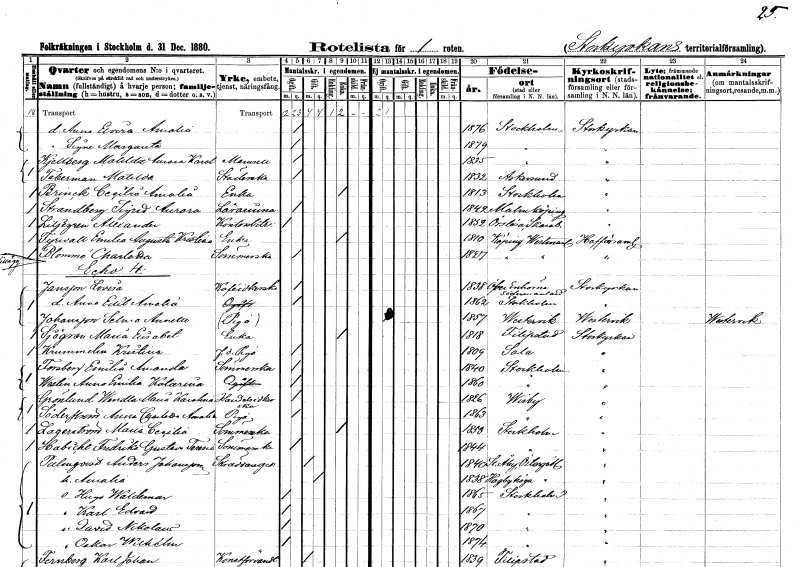
gt_parse: households: individuals: FN: Anna Elvira Amalia
KON: K
CIV: O
FODAR: 1876
FODFORS: Stockholm
FN: Signe Margareta
KON: K
CIV: O
FODAR: 1879
FODFORS: Stockholm
FN: Matilda Aurora Karolina
EN: Kjellberg
KON: K
CIV: O
FODAR: 1835
FODFORS: Stockholm
FN: Matilda
EN: Taberman
YRKE: Städerska
KON: K
CIV: O
FODAR: 1832
FODFORS: Askersund Örebro län
FN: Cecilia Amalia
EN: Brinck
YRKE: Änka
KON: K
CIV: E
FODAR: 1813
FODFORS: Stockholm
FN: Sigrid Aurora
EN: Strandberg
YRKE: Lärarinna
KON: K
CIV: O
FODAR: 1842
FODFORS: Malmköping Södermanlands län
FN: Alexander
EN: Liljegren
YRKE: Kontorsbiträde
KON: M
CIV: O
FODAR: 1852
FODFORS: Örslösa Skaraborgs län
FN: Emilia Augusta Kristina
EN: Fyrvall
YRKE: Änka
KON: K
CIV: E
FODAR: 1810
FODFORS: Köping Västmanlands län
FN: Charlotta
EN: Blommé
YRKE: Sömmerska
KON: K
CIV: O
FODAR: 1827
FODFORS: Köping Västmanlands län
FN: Lovisa
EN: Jansson
YRKE: Kaféidkerska
KON: K
CIV: O
FODAR: 1838
FODFORS: Överenhörna Stockholms län
FN: Anna Edit Amalia
KON: K
CIV: O
FODAR: 1862
FODFORS: Stockholm
FN: Selma Annette
EN: Johansson
YRKE: Piga
KON: K
CIV: O
FODAR: 1857
FODFORS: Västervik Kalmar län
FN: Maria Elisabet
EN: Sjögren
YRKE: Änka
KON: K
CIV: E
FODAR: 1818
FODFORS: Filipstad Värmlands län
FN: Kristina
EN: Hammelin
YRKE: Piga f.d.
KON: K
CIV: O
FODAR: 1809
FODFORS: Sala Västmanlands län
FN: Emilia Amanda
EN: Forsberg
YRKE: Sömmerska
KON: K
CIV: O
FODAR: 1840
FODFORS: Stockholm
FN: Anna Emilia Katarina
EN: Westin
KON: K
CIV: O
FODAR: 1860
FODFORS: Stockholm
FN: Wendla Maria Karolina
EN: Grönlund
YRKE: Handelsidkerska
KON: K
CIV: O
FODAR: 1826
FODFORS: Visby Gotlands län
FN: Anna Charlotta Amalia
EN: Söderström
YRKE: Piga
KON: K
CIV: O
FODAR: 1863
FODFORS: Visby Gotlands län
FN: Maria Cecilia
EN: Lagerström
YRKE: Sömmerska
KON: K
CIV: E
FODAR: 1853
FODFORS: Stockholm
FN: Fredrika Gustava Teresia
EN: Habicht
YRKE: Sömmerska
KON: K
CIV: O
FODAR: 1844
FODFORS: Stockholm
FN: Anders
EN: Palmqvist Johansson
YRKE: Skräddaregesäll
KON: M
CIV: G
FODAR: 1840
FODFORS: Stora Åby Östergötlands län
FN: Amalia
KON: K
CIV: G
FODAR: 1838
FODFORS: Hagebyhöga Östergötlands län
FN: Hugo Waldemar
KON: M
CIV: O
FODAR: 1865
FODFORS: Stockholm